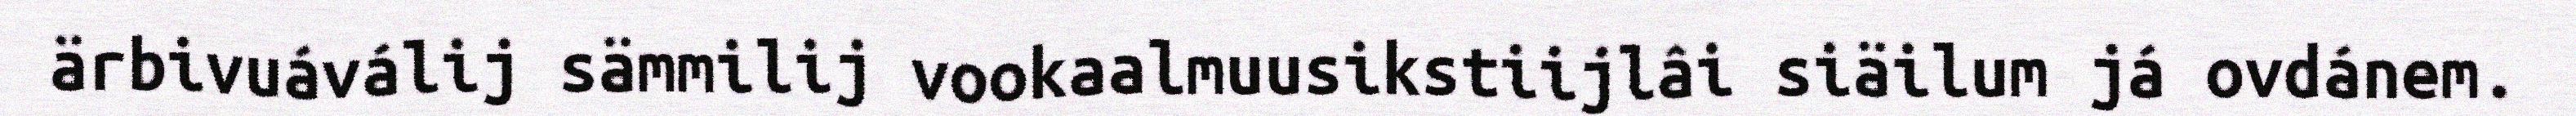
ärbivuáválij sämmilij vookaalmuusikstiijlâi siäilum já ovdánem.